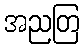
အညတြ